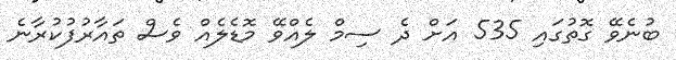
ބުނެވޭ ގޮތުގައި 535 އަށް ދެ ސިމް ލެއްވޭ މޮޑެލެއް ވެސް ތައާރުފުކުރާނެ